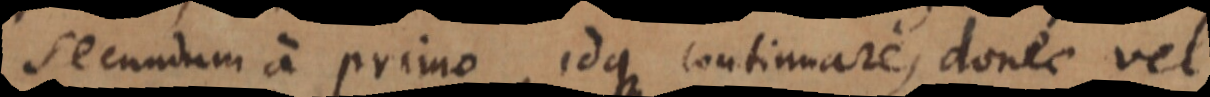
secundum a primo, idque continuare, donec vel